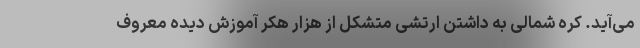
می‌‌آید. کره شمالی به داشتن ارتشی متشکل از هزار هکر آموزش دیده معروف